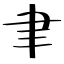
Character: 聿